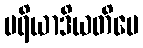
ပရိယာဒိယတိပေ